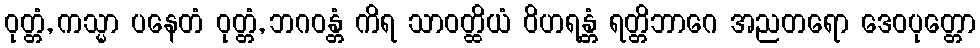
ဝုတ္တံ, ကသ္မာ ပနေတံ ဝုတ္တံ, ဘဂဝန္တံ ကိရ သာဝတ္ထိယံ ဝိဟရန္တံ ရတ္တိဘာဂေ အညတရော ဒေဝပုတ္တော